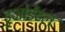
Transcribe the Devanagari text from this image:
डुओडेंटल